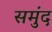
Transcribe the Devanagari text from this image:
समुंद